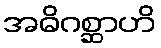
အဓိဂစ္ဆာဟိ